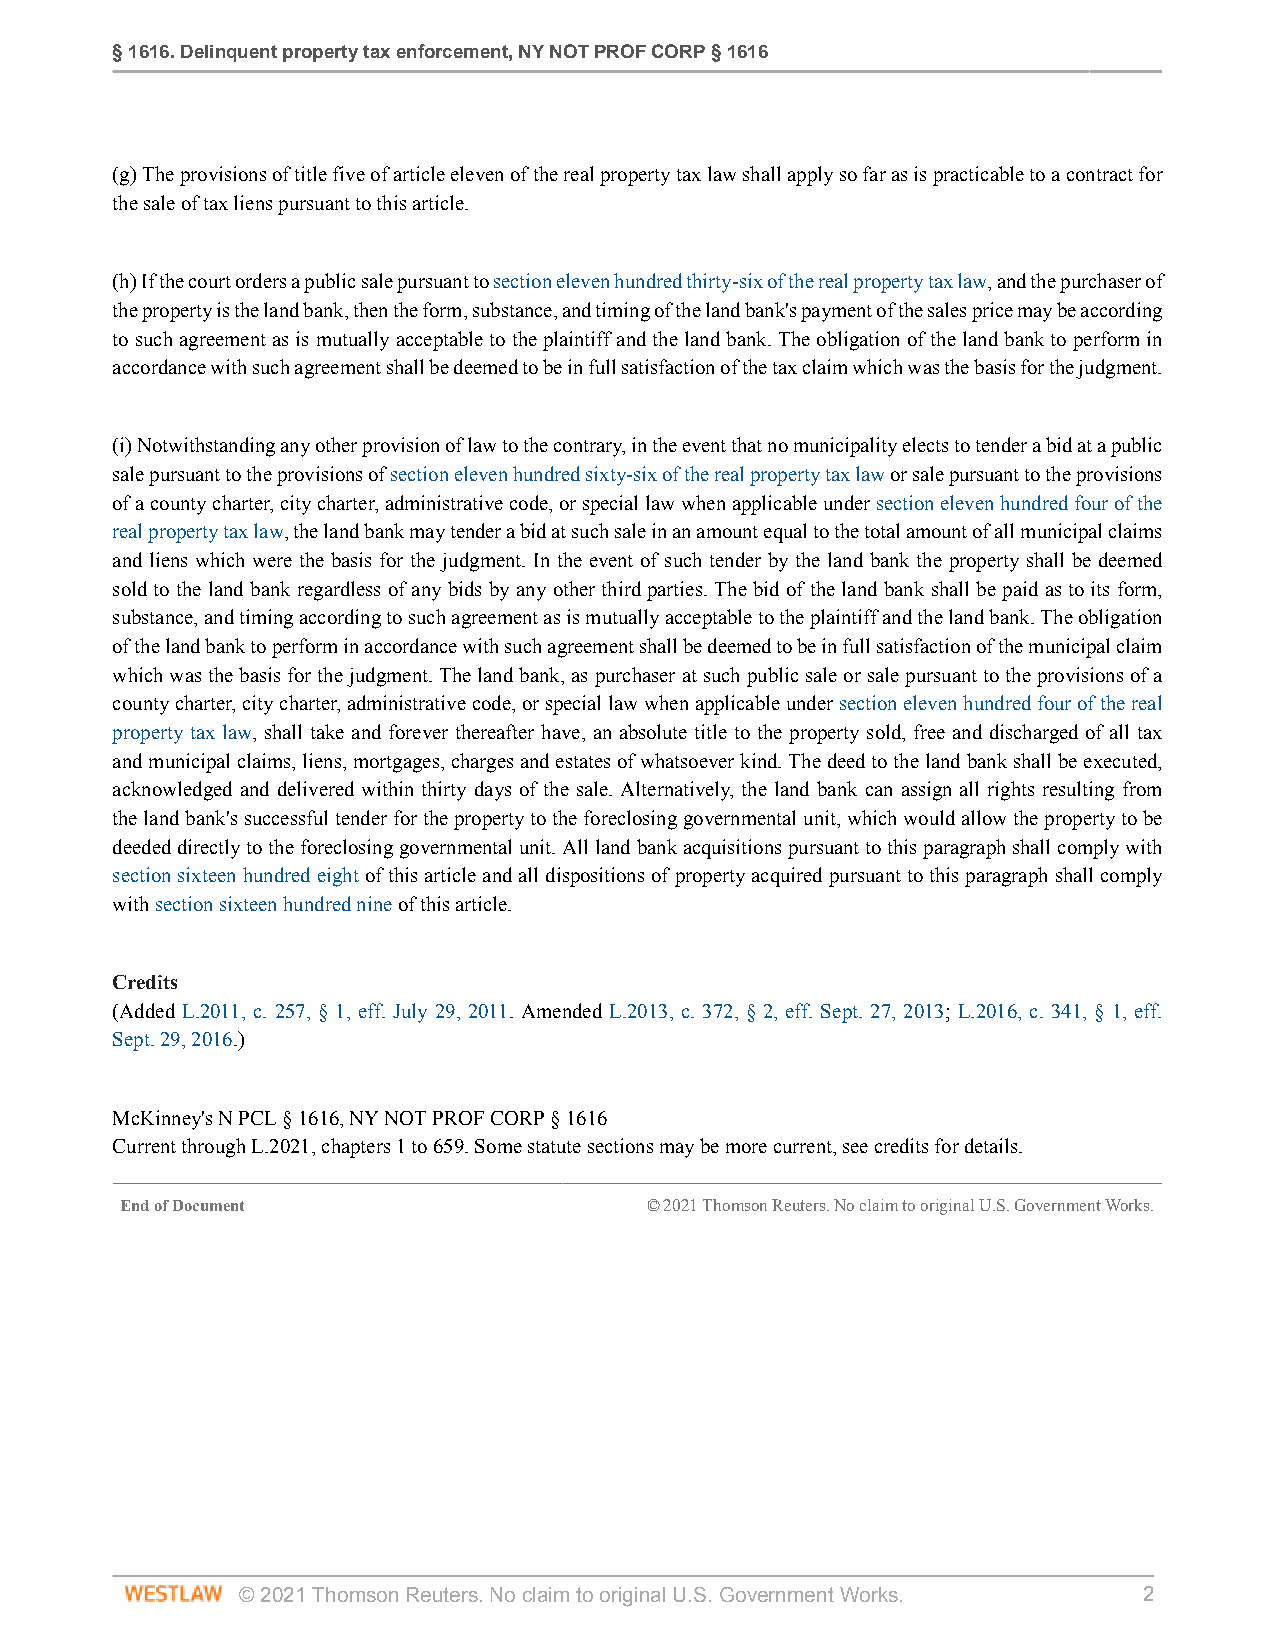
§ 1616. Delinquent property tax enforcement, NY NOT PROF CORP § 1616
 (g) The provisions of title five of article eleven of the real property tax law shall apply so far as is practicable to a contract for
 the sale of tax liens pursuant to this article.
 (h) If the court orders a public sale pursuant to section eleven hundred thirty-six of the real property tax law, and the purchaser of
 the property is the land bank, then the form, substance, and timing of the land bank's payment of the sales price may be according
 to such agreement as is mutually acceptable to the plaintiff and the land bank. The obligation of the land bank to perform in
 accordance with such agreement shall be deemed to be in full satisfaction of the tax claim which was the basis for the judgment.
 (i) Notwithstanding any other provision of law to the contrary, in the event that no municipality elects to tender a bid at a public
 sale pursuant to the provisions of section eleven hundred sixty-six of the real property tax law or sale pursuant to the provisions
 of a county charter, city charter, administrative code, or special law when applicable under section eleven hundred four of the
 real property tax law, the land bank may tender a bid at such sale in an amount equal to the total amount of all municipal claims
 and liens which were the basis for the judgment. In the event of such tender by the land bank the property shall be deemed
 sold to the land bank regardless of any bids by any other third parties. The bid of the land bank shall be paid as to its form,
 substance, and timing according to such agreement as is mutually acceptable to the plaintiff and the land bank. The obligation
 of the land bank to perform in accordance with such agreement shall be deemed to be in full satisfaction of the municipal claim
 which was the basis for the judgment. The land bank, as purchaser at such public sale or sale pursuant to the provisions of a
 county charter, city charter, administrative code, or special law when applicable under section eleven hundred four of the real
 property tax law, shall take and forever thereafter have, an absolute title to the property sold, free and discharged of all tax
 and municipal claims, liens, mortgages, charges and estates of whatsoever kind. The deed to the land bank shall be executed,
 acknowledged and delivered within thirty days of the sale. Alternatively, the land bank can assign all rights resulting from
 the land bank's successful tender for the property to the foreclosing governmental unit, which would allow the property to be
 deeded directly to the foreclosing governmental unit. All land bank acquisitions pursuant to this paragraph shall comply with
 section sixteen hundred eight of this article and all dispositions of property acquired pursuant to this paragraph shall comply
 with section sixteen hundred nine of this article.
 Credits
 (Added L.2011, c. 257, § 1, eff. July 29, 2011. Amended L.2013, c. 372, § 2, eff. Sept. 27, 2013; L.2016, c. 341, § 1, eff.
 Sept. 29, 2016.)
 McKinney's N PCL § 1616, NY NOT PROF CORP § 1616
 Current through L.2021, chapters 1 to 659. Some statute sections may be more current, see credits for details.
 End of Document                    © 2021 Thomson Reuters. No claim to original U.S. Government Works.
 © 2021 Thomson Reuters. No claim to original U.S. Government Works. 2